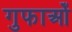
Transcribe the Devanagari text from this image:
गुफाओँ